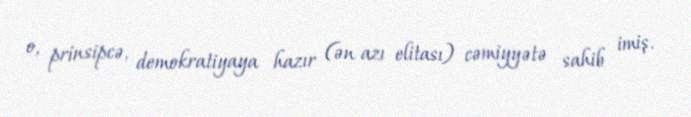
o, prinsipcə, demokratiyaya hazır (ən azı elitası) cəmiyyətə sahib imiş.